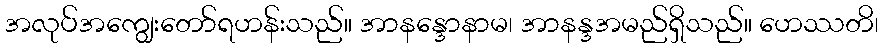
အလုပ်အကျွေးတော်ရဟန်းသည်။ အာနန္ဒောနာမ၊ အာနန္ဒအမည်ရှိသည်။ ဟေဿတိ၊